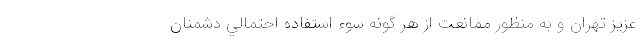
عزيز تهران و به منظور ممانعت از هر گونه سوء استفاده احتمالي دشمنان